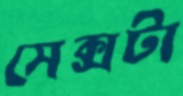
সেক্সটা